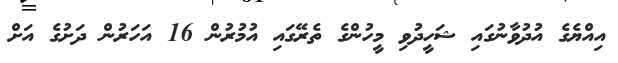
އިއްޔެގެ އުދުވާނުގައި ޝަހީދުވި މީހުންގެ ތެރޭގައި އުމުރުން 16 އަހަރުން ދަށުގެ އަށް